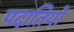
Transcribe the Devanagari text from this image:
पदातियों